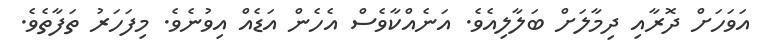
އަވަހަށް ދޮރާއި ދިމާލަށް ބަލާލިއެވެ. އަނެއްކާވެސް އެހެން އަޑެއް އިވުނެވެ. މިފަހަރު ތަފާތެވެ.